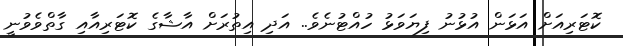
ކޮޓަރިއަށް އަޅަން އުޅުނު ފިޔަވަޅު ހުއްޓުނެވެ.. އަދި އިތުރަށް އާޝާގެ ކޮޓަރިއާއި ގާތްވެވުނީ